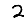
Digit: 2